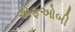
એફઓબી